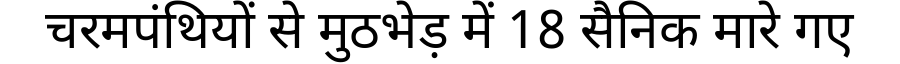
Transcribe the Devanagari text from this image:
चरमपंथियों से मुठभेड़ में 18 सैनिक मारे गए